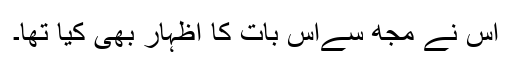
اس نے مجھ سےاس بات کا اظہار بھی کیا تھا۔